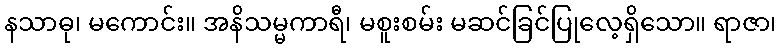
နသာဓု၊ မကောင်း။ အနိသမ္မကာရီ၊ မစူးစမ်း မဆင်ခြင်ပြုလေ့ရှိသော။ ရာဇာ၊